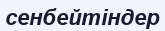
сенбейтіндер